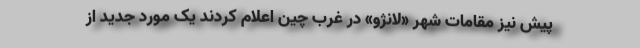
پیش نیز مقامات شهر «لانژو» در غرب چین اعلام کردند یک مورد جدید از